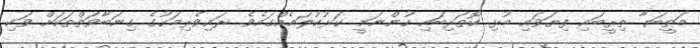
މަތީބަޔާ ތިރީބައި ފިޔަވައި މުޅި ކޮތަރިބައި ހުންނަނީ ކަޅުކުލައެއްގައެވެ. ރައިވެރިމަހުގެ ގިނަބާވަތްތަކަށް ވަކި